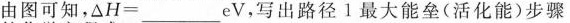
由图可知，△H=___eV，写出路径1最大能垒(活化能)步骤